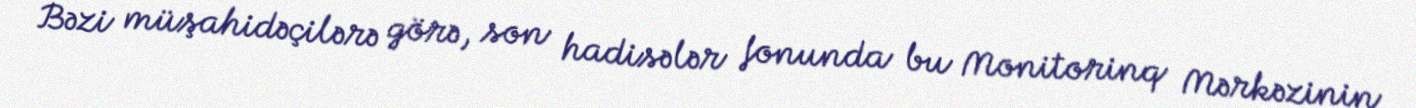
Bəzi müşahidəçilərə görə, son hadisələr fonunda bu Monitorinq Mərkəzinin